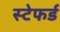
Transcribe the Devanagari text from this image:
स्टेफर्ड